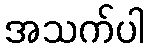
အသက်ပါ